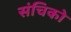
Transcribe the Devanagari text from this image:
संचिको